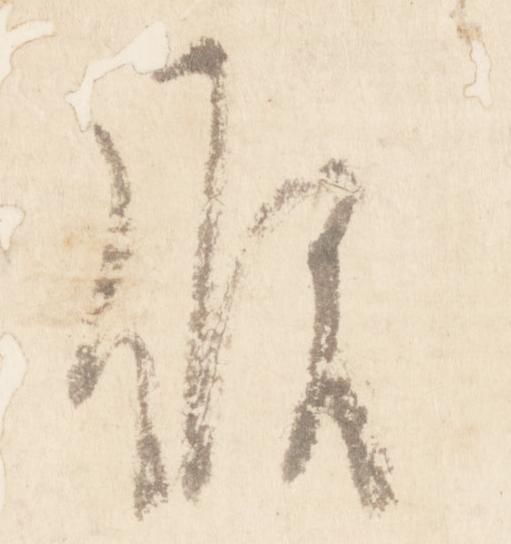
候